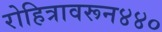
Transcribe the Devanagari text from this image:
रोहित्रावरून४४०